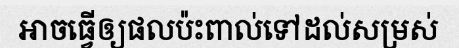
អាចធ្វើឲ្យផលប៉ះពាល់ទៅដល់សម្រស់